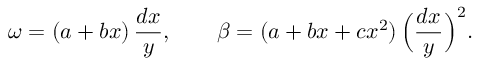
\omega = ( a + b x ) \, \frac { d x } { y } , \qquad \beta = ( a + b x + c x ^ { 2 } ) \, \Big ( \frac { d x } { y } \Big ) ^ { 2 } .